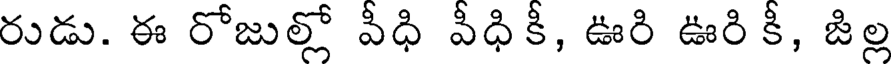
రుడు. ఈ రోజుల్లో వీధి వీధికీ, ఊరి ఊరి కీ, జిల్ల